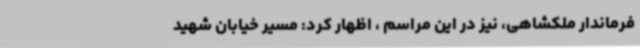
فرماندار ملکشاهی، نیز در این مراسم ، اظهار کرد: مسیر خیابان شهید